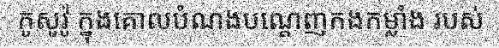
កូសូវ៉ូ ក្នុងគោលបំណងបណ្តេញកងកម្លាំង របស់